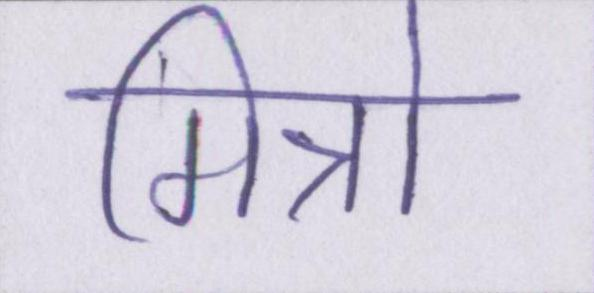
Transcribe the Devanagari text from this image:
मित्रो